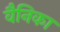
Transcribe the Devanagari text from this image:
वैनिका